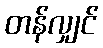
တန်လျှင်